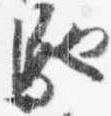
馳